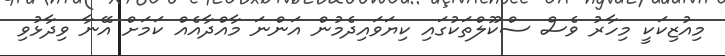
މިއުޒިކަކީ މިހާރު ވެސް ސްކޫލްތަކުގައި ކިޔަވައިދެމުން އަންނަ މާއްދާއެއް ކަމަށް އޭނާ ވިދާޅުވި